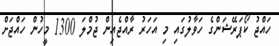
ހައްޖު ކޯޕަރޭޝަންގެ ހަވާލުގައި މި އަހަރު ރާއްޖެއިން ޖުމްލަ 1300 މީހުން ހައްޖަށް